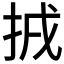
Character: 𢬮